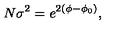
N \sigma ^ { 2 } = e ^ { 2 ( \phi - \phi _ { 0 } ) } ,